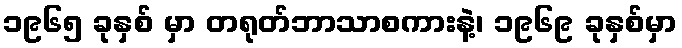
၁၉၆၅ ခုနှစ် မှာ တရုတ်ဘာသာစကားနဲ့၊ ၁၉၆၉ ခုနှစ်မှာ